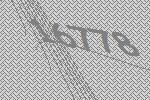
16778